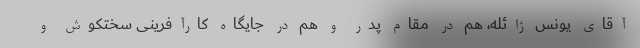
آقای یونس ژائله، هم در مقام پدر و هم در جایگاه کارآفرینی سختکوش و